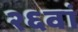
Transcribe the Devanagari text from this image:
२६वां